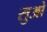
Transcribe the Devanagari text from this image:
सुओ